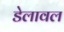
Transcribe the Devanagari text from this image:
डेलावल